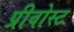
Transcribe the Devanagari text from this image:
प्रीवोस्ट